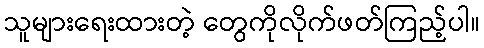
သူများရေးထားတဲ့ တွေကိုလိုက်ဖတ်ကြည့်ပါ။